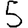
Digit: 5